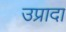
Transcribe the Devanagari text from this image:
उप्रादा